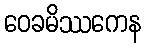
ဝေခမိဿကေန